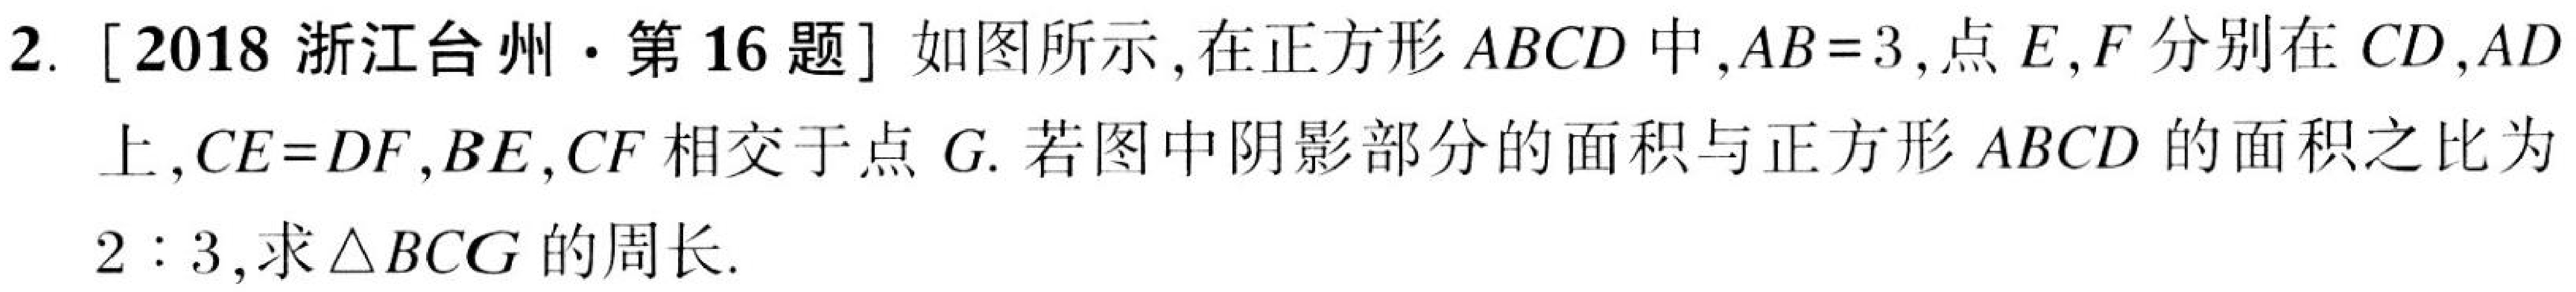
2. [2018 浙江台州·第16题] 如图所示，在正方形 \(ABCD\) 中，\(AB = 3\)，点 \(E,F\) 分别在 \(CD,AD\) 上，\(CE = DF\)，\(BE,CF\) 相交于点 \(G\). 若图中阴影部分的面积与正方形 \(ABCD\) 的面积之比为 \(2:3\)，求 \(\triangle BCG\) 的周长.